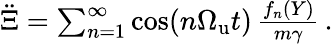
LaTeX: \begin{array}{r}{\ddot{\Xi}=\sum_{n=1}^{\infty}\cos(n{\Omega_{\mathrm{u}}}t)\, {\frac{f_{n}(Y)}{m\gamma}}\, .}\end{array}